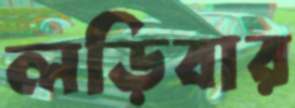
লড়িবার